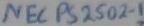
Text: NEC PS 2502